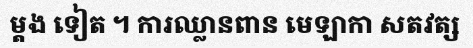
ម្តង ទៀត ។ ការឈ្លានពាន មេឡាកា សតវត្ស